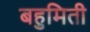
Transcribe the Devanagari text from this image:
बहुमिती